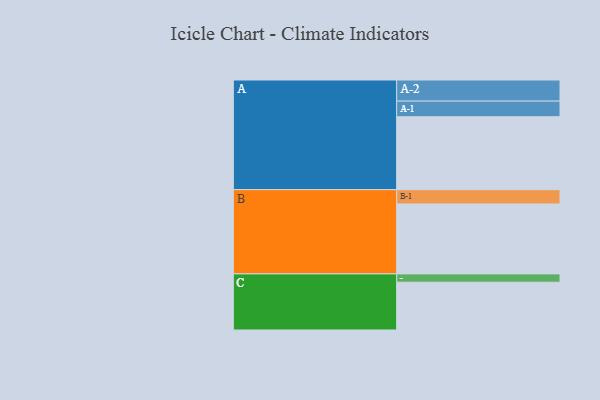
{"axis": {"x": "Segment", "y": "Value"}, "legend": ["", "A", "B", "C"], "data": [{"x": "A", "y": 542, "type": ""}, {"x": "B", "y": 520, "type": ""}, {"x": "C", "y": 355, "type": ""}, {"x": "A-1", "y": 116, "type": "A"}, {"x": "A-2", "y": 157, "type": "A"}, {"x": "B-1", "y": 106, "type": "B"}, {"x": "C-1", "y": 62, "type": "C"}]}